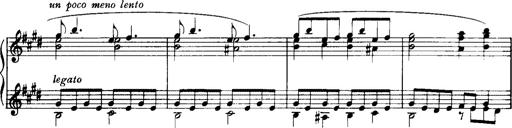
Title: Historische ungarische Bildnisse
Composer: Franz Liszt